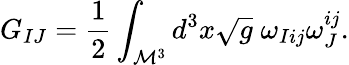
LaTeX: G_{IJ}=\frac{1}{2}\int_{\mathcal{M}^{3}}d^{3}x\sqrt{g}\; \omega_{Iij}\omega_{J}^{ij}.